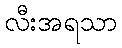
လီးအရသာ